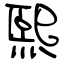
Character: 熙